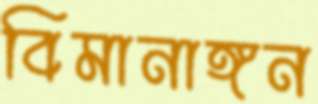
বিমানাঙ্গন